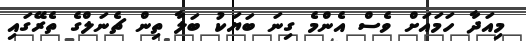
މިއަދާ ހަމައަށް ވެސް އެންމެ ގިނަ ބަޔަކު ބަލާ ތިން ޗެނަލްގެ ތެރޭގައި